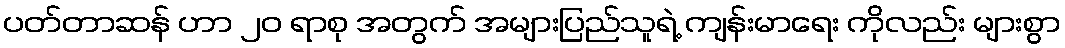
ပတ်တာဆန် ဟာ ၂၀ ရာစု အတွက် အများပြည်သူရဲ့ ကျန်းမာရေး ကိုလည်း များစွာ